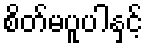
စိတ်မပူပါနှင့်